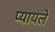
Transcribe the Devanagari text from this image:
प्यायले